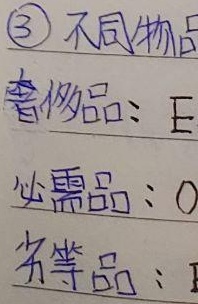
\textcircled{3} 不同物品
奢侈品：$E$
必需品：$O$
劣等品：$I$